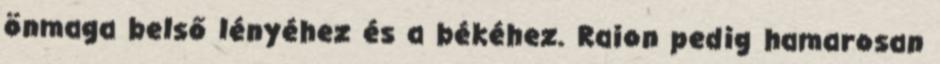
önmaga belső lényéhez és a békéhez. Raion pedig hamarosan